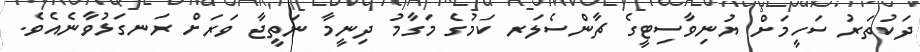
ދަކުތަރު ސަހީމަށް ޔުނިވާސިޓީގެ ޗާންސެލަރ ކަމުގެ މަގާމު ދިނީމާ ނަތީޖާ ވަރަށް ރަނގަޅުވާނެއެވެ.